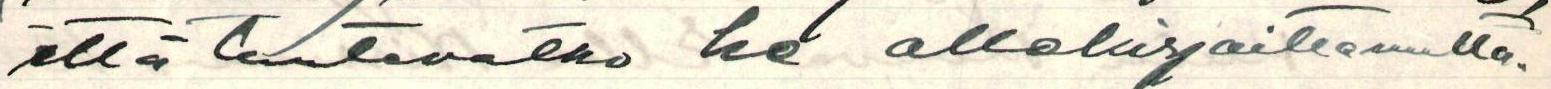
että tuntevatko he allekirjoittanutta.